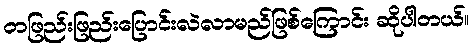
တဖြည်းဖြည်းပြောင်းလဲလာမည်ဖြစ်ကြောင်း ဆိုပါတယ်။